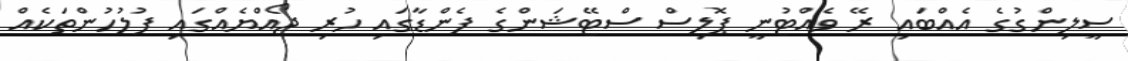
ސީލިންގުގެ އެއްބައި ރޭ ވެއްޓުނީ ޕޮލިސް ސްޓޭޝަންގެ ފެންޑާގައި ހުރި ޖޯއްޔެއްގައި ފުލުހުންތަކެއް